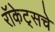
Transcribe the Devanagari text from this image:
रॉकेट्‌सचे